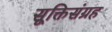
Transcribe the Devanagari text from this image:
सूक्तिसंग्रह